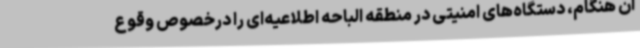
آن هنگام، دستگاه‌های امنیتی در منطقه الباحه اطلاعیه‌ای را درخصوص وقوع